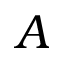
A